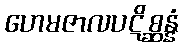
ဟေမဇာလပဋိစ္ဆန္နံ